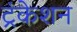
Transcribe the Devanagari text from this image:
ट्रंकेशन